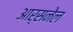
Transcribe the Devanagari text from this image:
आर्सनेल